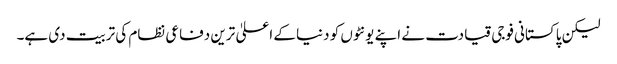
لیکن پاکستانی فوجی قیادت نے اپنے یونٹوں کو دنیا کے اعلیٰ ترین دفاعی نظام کی تربیت دی ہے۔